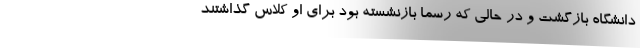
دانشگاه بازگشت و در حالی که رسما بازنشسته بود برای او کلاس گذاشتند